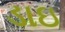
ડાઇ